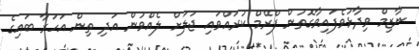
ނާޒިމް ވިދާޅުވެފައިވާގޮތުން ފްރޭމް ކުރައްވައި ޖަލަށް ލެއްވުން އަދި ތިން އަހަރާ ބައިގެ